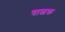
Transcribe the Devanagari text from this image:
गाळक